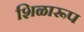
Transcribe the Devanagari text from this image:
शिळारूप